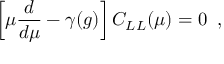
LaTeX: \left[ \mu \frac { d } { d \mu } - \gamma ( g ) \right] C _ { L L } ( \mu ) = 0 \; \; ,